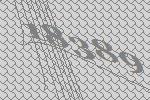
18389